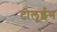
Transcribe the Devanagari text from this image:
टोलूईन